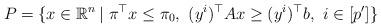
LaTeX: \begin{align*}P=\{x\in\mathbb{R}^n \,| \ \pi^{\top}x\leq \pi_0, \ (y^i)^{\top}A x \geq (y^i)^{\top}b, \ i\in [p']\}\end{align*}